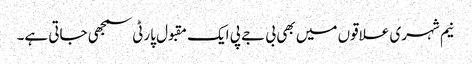
نیم شہری علاقوں میں بھی بی جے پی ایک مقبول پارٹی سمجھی جاتی ہے۔